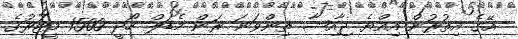
އޭގެ އިތުރުން އިއްޔެ ޖާއިޝާ ތިންވަނަ ރަން މެޑަލް ހޯދީ 1500 މީޓަރުގެ